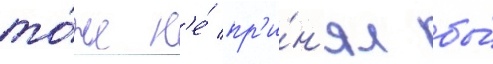
то́же н'е́ пр'и́н'ял бы́